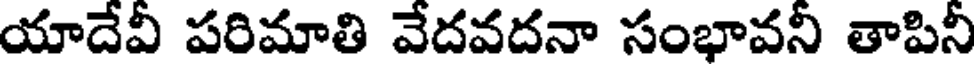
యాదేవీ పరిమాతి వేదవదనా సంభావనీ తాపినీ